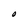
Character: O